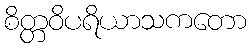
စိတ္တဝိပရိယာသကတော